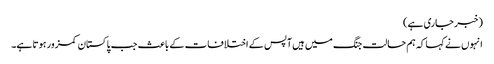
(خبر جاری ہے)
انہوں نے کہا کہ ہم حالت جنگ میں ہیں آپس کے اختلافات کے باعث جب پاکستان کمزور ہوتا ہے۔